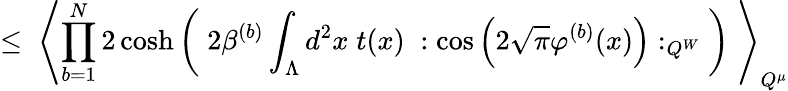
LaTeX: \leq\; \left\langle\prod_{b=1}^{N}2\cosh\left(\; 2\beta^{(b)}\int_{\Lambda}d^{2}x\; t(x)\; :\cos\left(2\sqrt{\pi}\varphi^{(b)}(x)\right):_{Q^{W}}\; \right)\; \right\rangle_{Q^{\mu}}